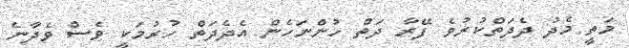
މަތީ މެދު ދެދަތްކުރުވެ ފޭރާ ދަތް ހުންނަހެން އެދެދަތް ހުރުމަކީ ވެސް ވެދާނެ